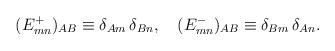
LaTeX: \begin{align*}(E^+_{mn})_{AB}\equiv\delta_{Am}\,\delta_{Bn},\quad(E^-_{mn})_{AB}\equiv\delta_{Bm}\,\delta_{An}.\end{align*}